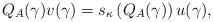
LaTeX: \begin{align*}Q_A(\gamma )v(\gamma ) = {s_\kappa }\left( {Q_A(\gamma )} \right)u(\gamma ),\end{align*}